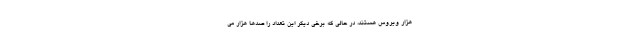
هزار ویروس هستند، در حالی که برخی دیگر این تعداد را صدها هزار می‌